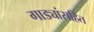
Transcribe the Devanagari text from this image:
गाड्यांसहित